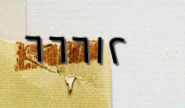
٦٦٦١٢